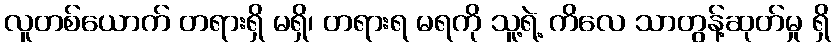
လူတစ်ယောက် တရားရှိ မရှိ၊ တရားရ မရကို သူ့ရဲ့ ကိလေ သာတွန့်ဆုတ်မှု ရှိ